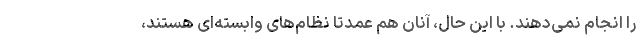
را انجام نمی‌دهند. با این حال، آنان هم عمدتا نظام‌های وابسته‌ای هستند،